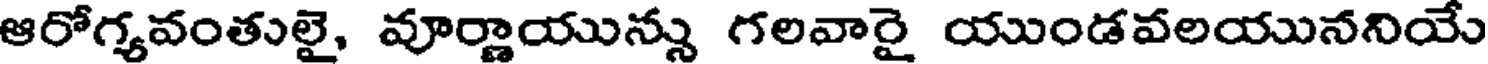
ఆరోగ్యవంతులై, వూర్ణాయున్సు గలవారై యుండవలయుననియే